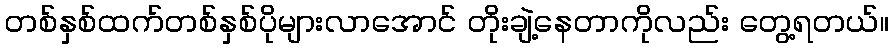
တစ်နှစ်ထက်တစ်နှစ်ပိုများလာအောင် တိုးချဲ့နေတာကိုလည်း တွေ့ရတယ်။